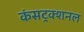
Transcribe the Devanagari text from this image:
कंसट्रक्शनल